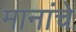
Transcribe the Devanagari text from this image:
मानांचे